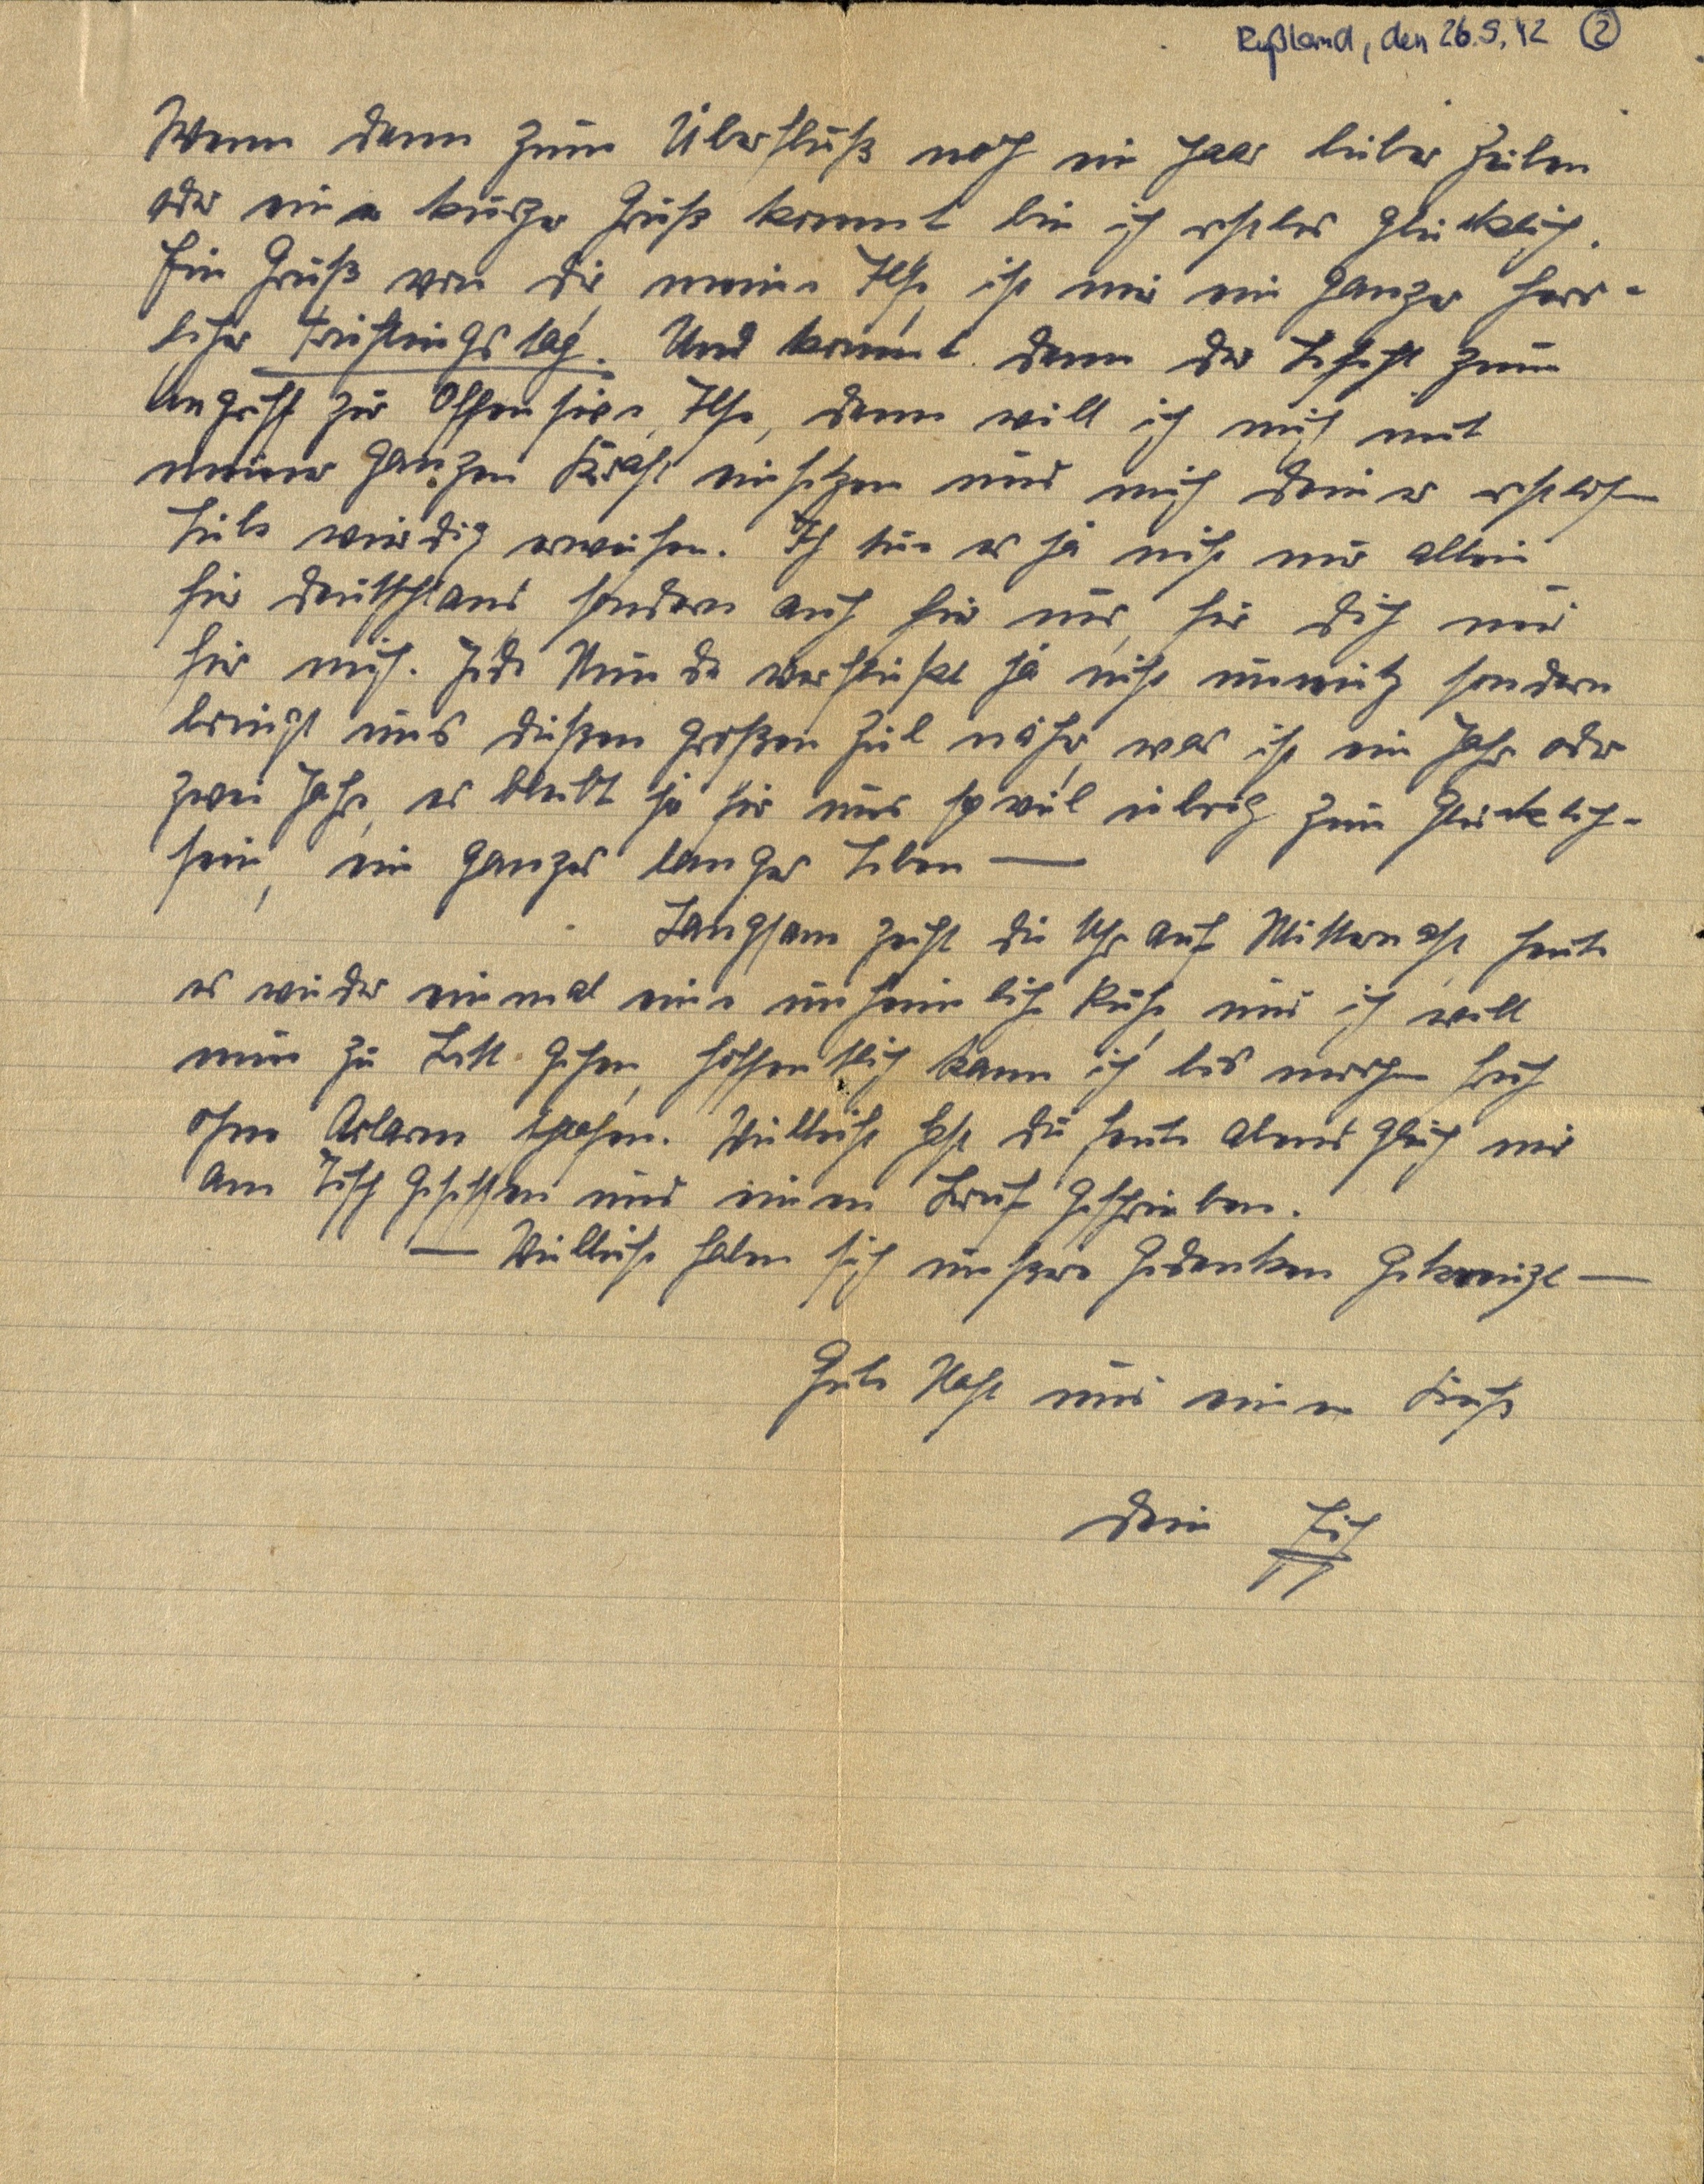
Rißland, den 26.5.12 (2)
Wenn dann zum Überhluß nach ein haar lieber heiben
Dr einer kuger Gruß kommt bin ich restles glücklich
Ein Gruß von dir meine Ilse ist mir ein ganzer horr¬
liher Früflingstag. Und kommt denn der Lesiht zume
Angrist zur Offensive, Ilse, dann will ich mich mit
meiner ganzen Krast einsetzen und mich demes estlofn
Liebs wirdig erweisen! Ich tur es ja nicht uir allein
für deutschlans, sondern auch für uns, für dich unr
für mich. Jede Stunde verhlust ja nicht unmitz sondern
bringt uns dießen großen Zil näher was ist ein Jahr oder
zwei Jahr, es bleibt sa für uns sp vil inbrig zum Glücklich¬
sein ein Ganzes langes Leben —
Langsam geiht die Uhr auf Mitternast heute
es wieder einmal eine unheiliche Ruhe, und ich will
nun zu Bett. Gehen, hoffentlich kann ich bis mrrhen früh
ohne Arlarm schafen. Villeicht hast du heute alend glech mir
am Tisch gesethten und einen Bruf geschrieben.
1 Vielleiche haben sich unsere Gedenken gekrmpt –
Gute Naht und einen Fruß
dem Hi